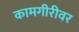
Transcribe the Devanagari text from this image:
कामगीरीवर